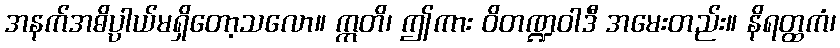
အနက်အဓိပ္ပာယ်မရှိတော့သလော။ ဣတိ၊ ဤကား ဝိတဏ္ဍဝါဒီ အမေးတည်း။ နိရတ္ထကံ၊